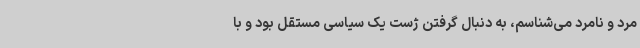
مرد و نامرد می‌شناسم، به دنبال گرفتن ژست یک سیاسی مستقل بود و با